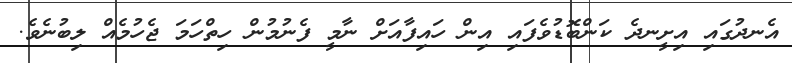
އެނދުގައި އިށީނދެ ކަންބޮޑުވެފައި އިން ހައިފާއަށް ނާމީ ފެނުމުން ހިތްހަމަ ޖެހުމެއް ލިބުނެވެ.